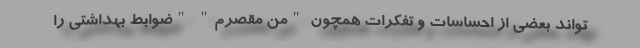
‌تواند بعضی از احساسات و تفکرات همچون "من مقصرم" "ضوابط بهداشتی را